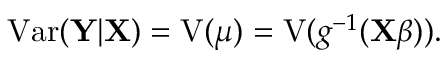
\operatorname { V a r } ( \mathbf { Y } | \mathbf { X } ) = \operatorname { V } ( { \boldsymbol { \mu } } ) = \operatorname { V } ( g ^ { - 1 } ( \mathbf { X } { \boldsymbol { \beta } } ) ) .